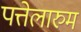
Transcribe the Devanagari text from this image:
पत्तेलारुम